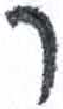
אות: ר